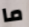
ما